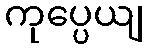
ကုပ္ပေယျ